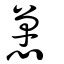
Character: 𢠸